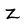
Character: Z